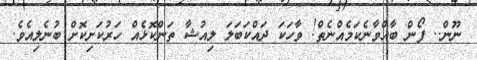
ނޫން.. ފޯން ބާއްވާނެކަމެއްނެތް! ވާހަކަ ދައްކަބަލަ ލިއުޝާ ތަންކޮޅެއް ހަރުކަށިކޮށް ބުނެލިއެވެ.